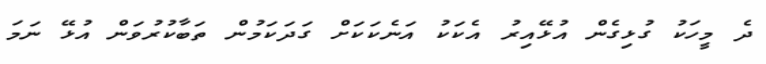
ދެ މީހަކު ގުޅިގެން އުޅޭއިރު އެކަކު އަނެކަކަށް ގަދަކަމުން ތަބާކުރުވަން އުޅޭ ނަމަ